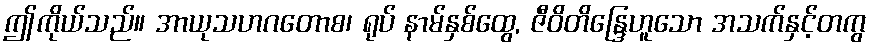
ဤကိုယ်သည်။ အာယုသဟဂတောစ၊ ရုပ် နာမ်နှစ်ထွေ, ဇီဝိတိန္ဒြေဟူသော အသက်နှင့်တကွ